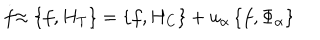
\stackrel { . } { f } \approx \left\{ f , H _ { T } \right\} = \left\{ f , H _ { C } \right\} + u _ { \alpha } \left\{ f , \Phi _ { \alpha } \right\}